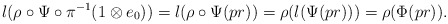
\begin{align*}l(\rho\circ \Psi\circ \pi^{-1}(1\otimes e_0))= l(\rho\circ \Psi(pr))=\rho(l(\Psi(pr)))=\rho(\Phi(pr)).\end{align*}